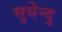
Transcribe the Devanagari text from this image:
सुधेन्दु